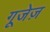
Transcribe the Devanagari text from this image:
गूजेज़